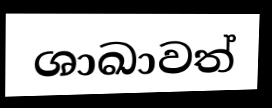
ශාඛාවත්